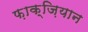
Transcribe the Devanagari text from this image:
फ़ाक्ज़ियान